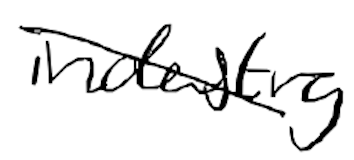
Text: industry
Cross-out: diagonal
Writing tool: digital_black